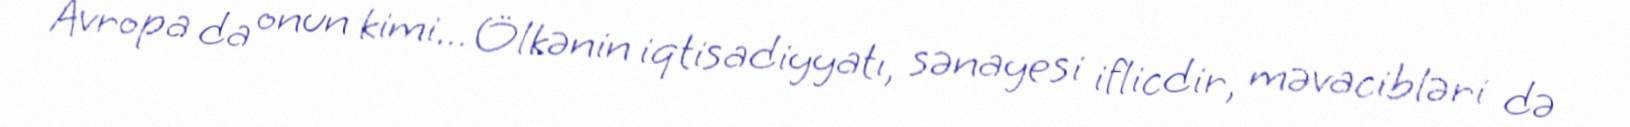
Avropa da onun kimi... Ölkənin iqtisadiyyatı, sənayesi iflicdir, məvacibləri də